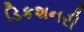
ડિકશનરી